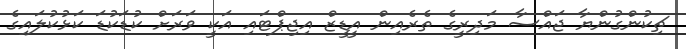
ޗިކުންގުންޔާ ޖައްސާ މަދިރީގެ ތެރެއިން އީޑީޒް އިޖިޕްޓައި އަކީ ވަރަށް ކުޑަކުޑަ ކަޅުކުލައިގެ